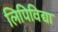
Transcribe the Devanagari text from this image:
लिपिविद्या